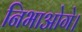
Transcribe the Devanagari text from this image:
निभाओगे।